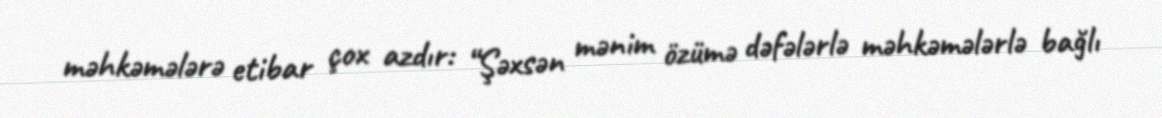
məhkəmələrə etibar çox azdır: “Şəxsən mənim özümə dəfələrlə məhkəmələrlə bağlı